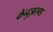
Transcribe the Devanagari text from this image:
केन्दुझरगड